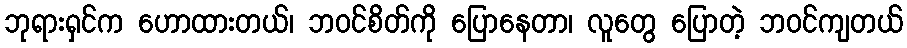
ဘုရားရှင်က ဟောထားတယ်၊ ဘဝင်စိတ်ကို ပြောနေတာ၊ လူတွေ ပြောတဲ့ ဘဝင်ကျတယ်